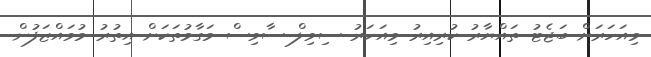
މިއަހަރަށް ބަޖެޓު ތައްޔާރު ކުރިއިރު މިއަހަރު ސިވިލް ސާވިސް މަގާމުތަކަށް އިތުރު މުވައްޒަފުން